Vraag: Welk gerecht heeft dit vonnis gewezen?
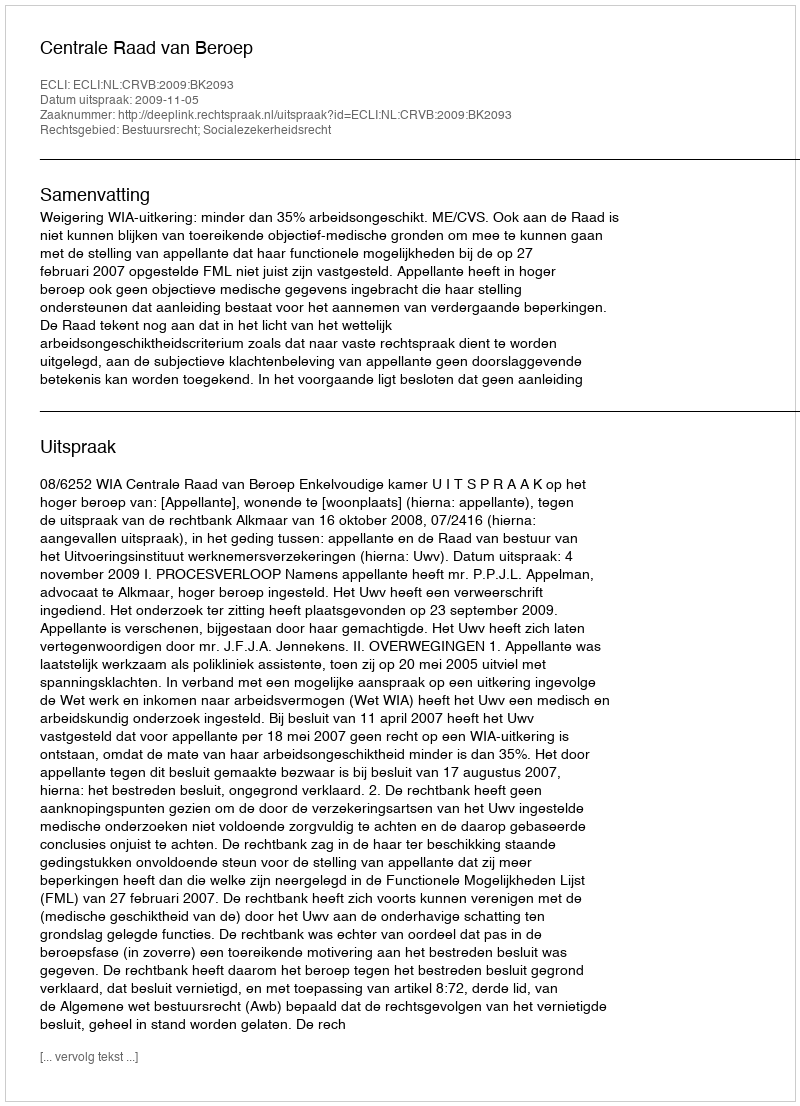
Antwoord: Centrale Raad van Beroep